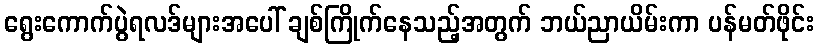
ရွေးကောက်ပွဲရလဒ်များအပေါ် ချစ်ကြိုက်နေသည့်အတွက် ဘယ်ညာယိမ်းကာ ပန်မတ်ဖိုင်း